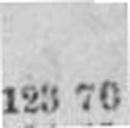
123 70